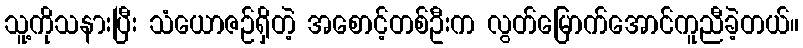
သူ့ကိုသနားပြီး သံယောဇဉ်ရှိတဲ့ အစောင့်တစ်ဦးက လွတ်မြောက်အောင်ကူညီခဲ့တယ်။